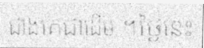
ជាងគេជាដើម ។ថ្ងៃនេះ